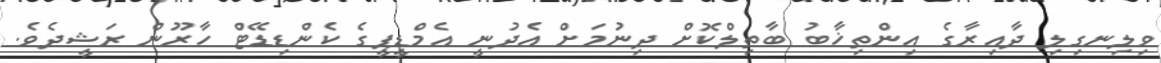
ވިލިނގިލި ދާއިރާގެ އިންތިޚާބު ބާތިލްކޮށް ދިނުމަށް އެދުނީ އެމްޑީޕީގެ ކެންޑިޑޭޓް ހާރޫން ރަޝީދެވެ.